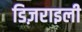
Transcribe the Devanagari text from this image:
डिज़राइली